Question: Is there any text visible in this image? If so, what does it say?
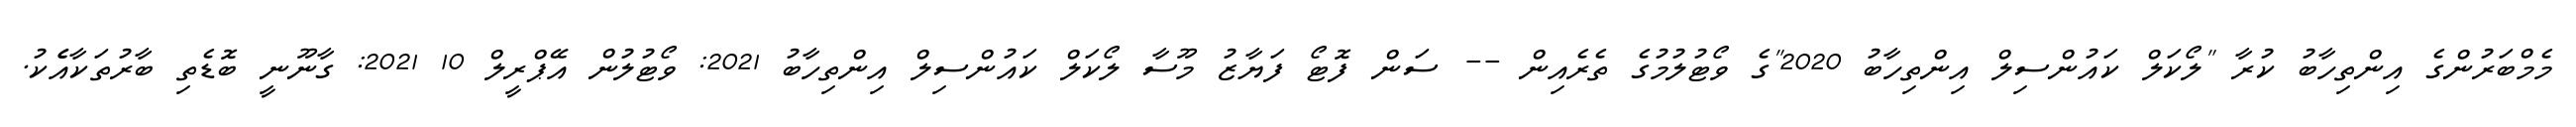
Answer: މެމްބަރުންގެ އިންތިހާބު ކުރާ "ލޯކަލް ކައުންސިލް އިންތިހާބު 2020"ގެ ވޯޓުލުމުގެ ތެރެއިން -- ސަން ފޮޓޯ ފަޔާޒު މޫސާ ލޯކަލް ކައުންސިލް އިންތިހާބު 2021: ވޯޓުލުން އޭޕްރީލް 10 2021: ގާނޫނީ ބޮޑެތި ބާރުތަކާއެެކު.